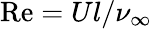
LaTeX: \mathrm{Re}=Ul/\nu_{\infty}